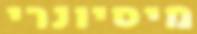
מיסיונרי